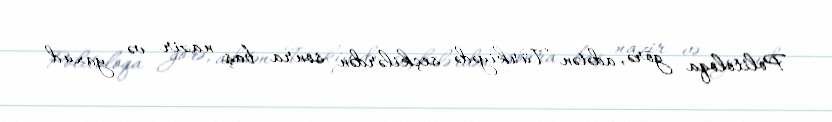
Politoloqa görə, adətən Türkiyədə seçkilərdən sonra baş nazir və yaxud